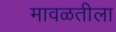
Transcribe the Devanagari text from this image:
मावळतीला